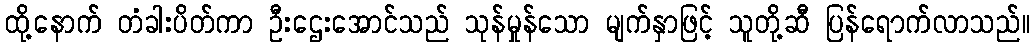
ထို့နောက် တံခါးပိတ်ကာ ဦးဌေးအောင်သည် သုန်မှုန်သော မျက်နှာဖြင့် သူတို့ဆီ ပြန်ရောက်လာသည်။